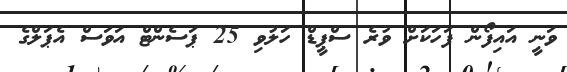
ވަނީ އައިފޯން ފަހަކަށް ވުރެ ސްޕީޑް ހަލުވި 25 ޕަސެންޓް އަވަސް އެޕަލްގެ